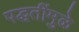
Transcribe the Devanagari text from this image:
पद्धतींमुळे